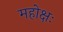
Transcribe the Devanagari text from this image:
महोक्षः